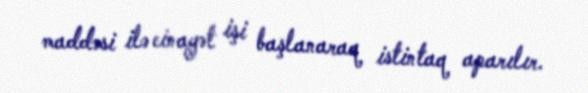
maddəsi ilə cinayət işi başlanaraq istintaq aparılır.